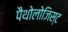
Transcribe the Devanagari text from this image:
पैथोलोजिस्ट